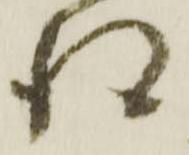
跡